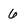
Character: 6